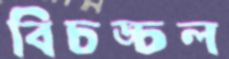
বিচঙ্চল